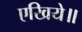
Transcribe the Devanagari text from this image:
एखिये॥